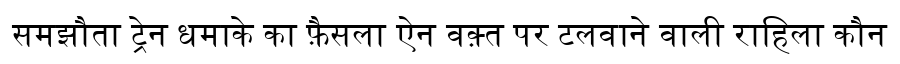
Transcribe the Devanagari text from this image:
समझौता ट्रेन धमाके का फ़ैसला ऐन वक़्त पर टलवाने वाली राहिला कौन